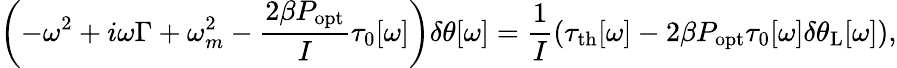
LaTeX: \left(-\omega^{2}+i\omega\Gamma+\omega_{m}^{2}-\frac{2\beta P_{\mathrm{opt}}}{I}\tau_{0}[\omega]\right)\delta\theta[\omega]=\frac{1}{I}\left(\tau_{\mathrm{{th}}}[\omega]-2\beta P_{\mathrm{opt}}\tau_{0}[\omega]\delta\theta_{\mathrm{L}}[\omega]\right),